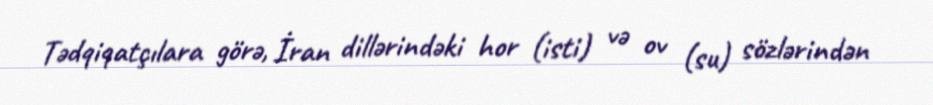
Tədqiqatçılara görə, İran dillərindəki hor (isti) və ov (su) sözlərindən